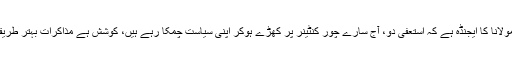
انہوں نے کہا کہ مولانا کا ایجنڈہ ہے کہ استعفیٰ دو، آج سارے چور کنٹینر پر کھڑے ہوکر اپنی سیاست چمکا رہے ہیں، کوشش ہے مذاکرات بہتر طریقے سے حل کریں۔